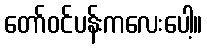
တော်ဝင်ပန်းကလေးပေါ့။